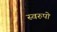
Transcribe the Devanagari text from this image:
स्वरुपो